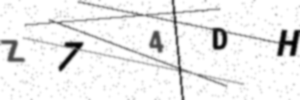
Text: Z74DH